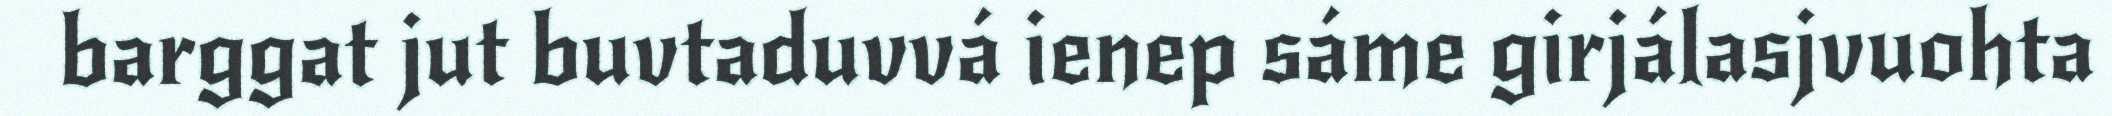
barggat jut buvtaduvvá ienep sáme girjálasjvuohta